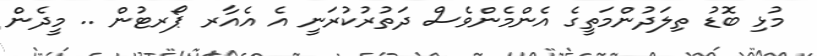
މުޅި ބޮޑު ތިލަދުންމަތީގެ އެންމެންވެސް ދަތުރުކުރަނީ އެ އެއާރ ޕޯރޓުން .. މީދެން